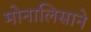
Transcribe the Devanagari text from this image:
मोनालिसाने